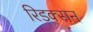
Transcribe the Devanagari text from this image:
रिडक्सन